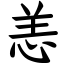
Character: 恙